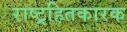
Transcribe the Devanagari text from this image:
राष्ट्रहितकारक